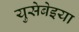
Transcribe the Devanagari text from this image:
युसेबेइया